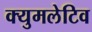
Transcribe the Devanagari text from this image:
क्युमलेटिव